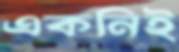
একনিই